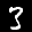
Label: 3